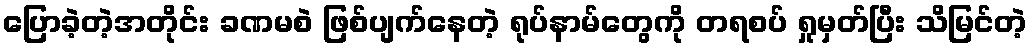
ပြောခဲ့တဲ့အတိုင်း ခဏမစဲ ဖြစ်ပျက်နေတဲ့ ရုပ်နာမ်တွေကို တရစပ် ရှုမှတ်ပြီး သိမြင်တဲ့